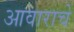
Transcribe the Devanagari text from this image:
आवाराचे